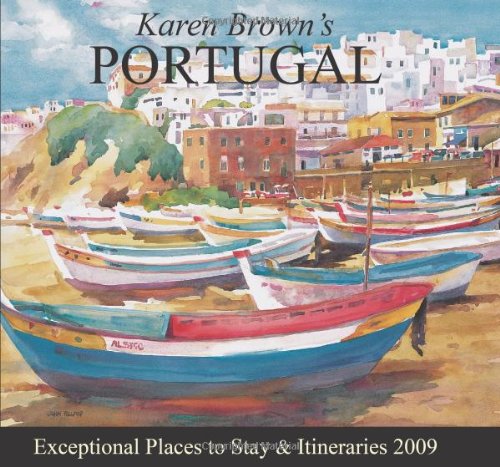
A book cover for Karen Brown's Portugal 2009: Exceptional Places to Stay & Itineraries (Karen Brown's Portugal: Exceptional Places to Stay & Itineraries); June Eveleigh Brown; Travel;